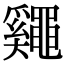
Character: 𪓷